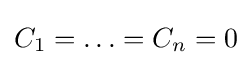
C_{1}=\ldots =C_{n}=0